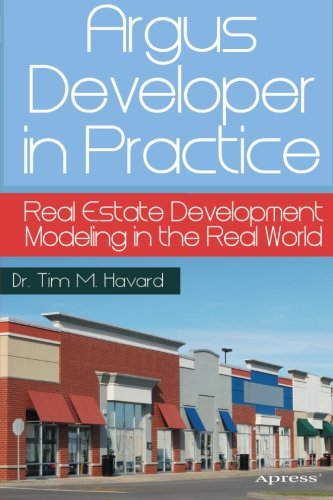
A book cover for Argus Developer in Practice: Real Estate Development Modeling in the Real World; Dr. Tim M. Havard; Computers & Technology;